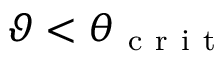
\vartheta < \theta _ { \mathrm { ~ c ~ r ~ i ~ t ~ } }